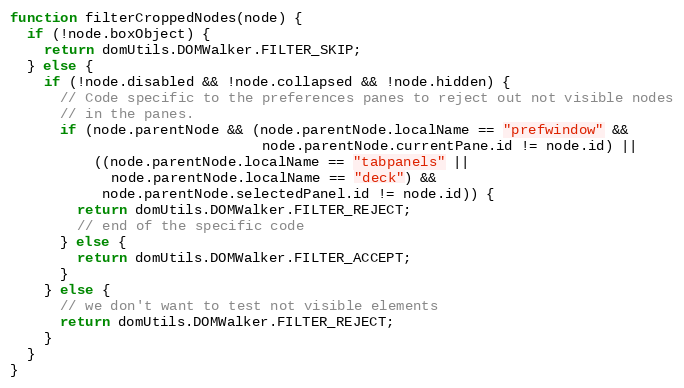
Language: JavaScript
function filterCroppedNodes(node) {
  if (!node.boxObject) {
    return domUtils.DOMWalker.FILTER_SKIP;
  } else {
    if (!node.disabled && !node.collapsed && !node.hidden) {
      // Code specific to the preferences panes to reject out not visible nodes
      // in the panes.
      if (node.parentNode && (node.parentNode.localName == "prefwindow" &&
                              node.parentNode.currentPane.id != node.id) ||
          ((node.parentNode.localName == "tabpanels" ||
            node.parentNode.localName == "deck") &&
           node.parentNode.selectedPanel.id != node.id)) {
        return domUtils.DOMWalker.FILTER_REJECT;
        // end of the specific code
      } else {
        return domUtils.DOMWalker.FILTER_ACCEPT;
      }
    } else {
      // we don't want to test not visible elements
      return domUtils.DOMWalker.FILTER_REJECT;
    }
  }
}